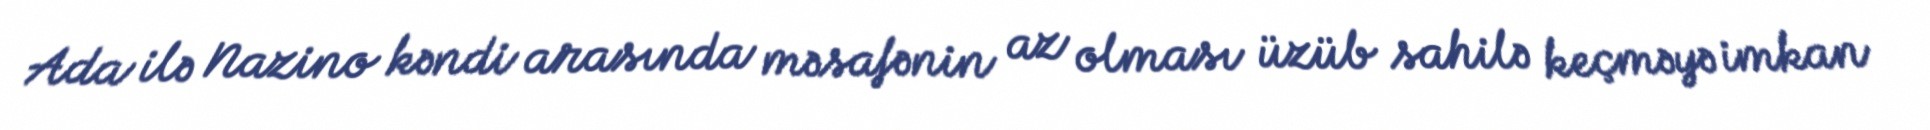
Ada ilə Nazino kəndi arasında məsafənin az olması üzüb sahilə keçməyə imkan